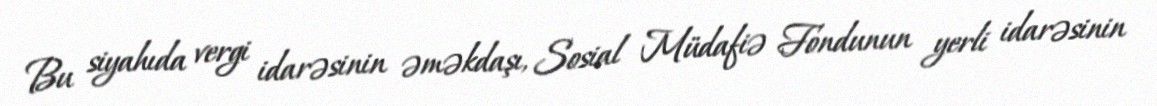
Bu siyahıda vergi idarəsinin əməkdaşı, Sosial Müdafiə Fondunun yerli idarəsinin